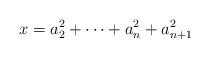
LaTeX: \begin{align*}x = a_2^2+\dots+a_n^2+a_{n+1}^2\end{align*}